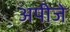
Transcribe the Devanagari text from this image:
अपीजे